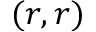
( r , r )